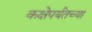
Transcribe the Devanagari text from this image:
कक्षेपर्यंतच्या